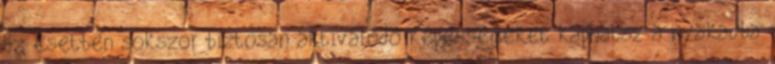
az esetben sokszor biztosan aktiválódó képességeket kaphatsz a nyakadba